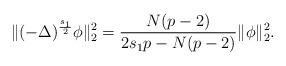
LaTeX: \begin{align*}\|(-\Delta)^{\frac{s_1}{2}}\phi\|_2^2=\frac{N(p-2)}{2s_1p-N(p-2)}\|\phi\|_2^2.\end{align*}